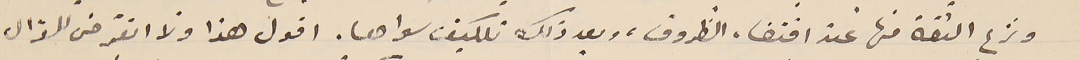
ونزع الثقة منها عند اقتضاء الظروف، وبعد ذلك تكليف سواها. اقول هذا ولا اتعرّض للسؤال